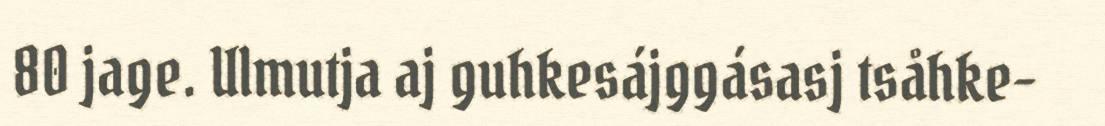
80 jage. Ulmutja aj guhkesájggásasj tsåhke-